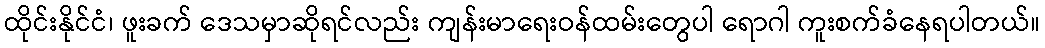
ထိုင်းနိုင်ငံ၊ ဖူးခက် ဒေသမှာဆိုရင်လည်း ကျန်းမာရေးဝန်ထမ်းတွေပါ ရောဂါ ကူးစက်ခံနေရပါတယ်။